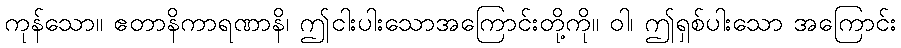
ကုန်သော။ ဧတာနိကာရဏာနိ၊ ဤငါးပါးသောအကြောင်းတို့ကို။ ဝါ၊ ဤရှစ်ပါးသော အကြောင်း